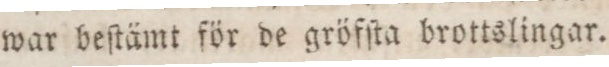
war beſtämt för de gröfſta brottslingar.